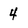
Character: 4